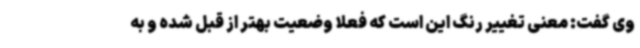
وی گفت: معنی تغییر رنگ این است که فعلا وضعیت بهتر از قبل شده و به